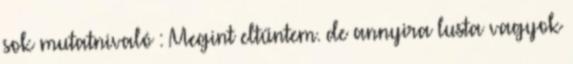
sok mutatnivaló : Megint eltűntem. de annyira lusta vagyok